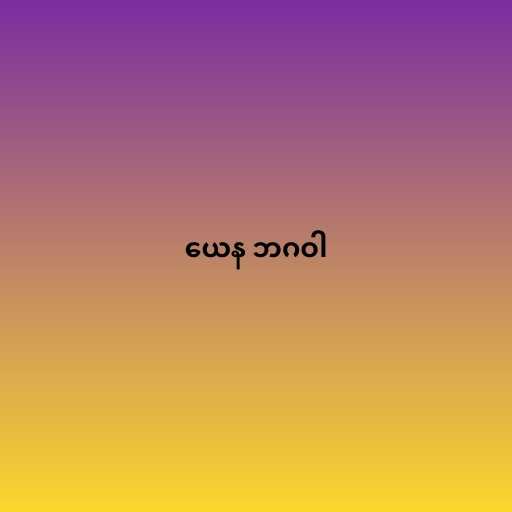
ယေန ဘဂဝါ